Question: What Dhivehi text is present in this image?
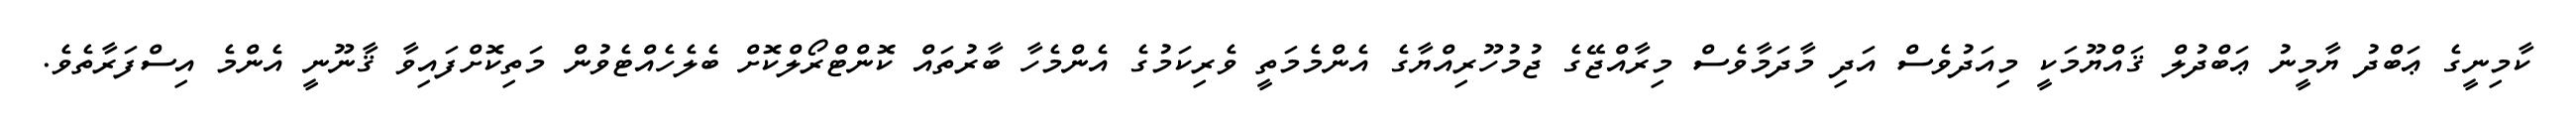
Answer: ކާމިނީގެ ޢަބްދު ޔާމީނު ޢަބްދުލް ޤައްޔޫމަކީ މިއަދުވެސް އަދި މާދަމާވެސް މިރާއްޖޭގެ ޖުމުހޫރިއްޔާގެ އެންމެމަތީ ވެރިކަމުގެ އެންމެހާ ބާރުތައް ކޮންޓްރޯލްކޮށް ބެލެހެއްޓެވުން މަތިކޮށްފައިވާ ޤާނޫނީ އެންމެ އިސްފަރާތެވެ.